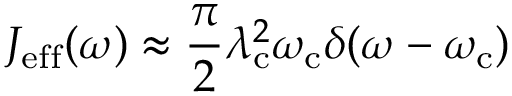
J _ { \mathrm { e f f } } ( \omega ) \approx \frac { \pi } { 2 } \lambda _ { \mathrm { c } } ^ { 2 } \omega _ { \mathrm { c } } \delta ( \omega - \omega _ { \mathrm { c } } )